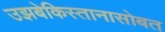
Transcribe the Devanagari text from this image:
उझबेकिस्तानासोबत